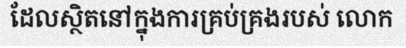
ដែលស្ថិតនៅក្នុងការគ្រប់គ្រងរបស់ លោក